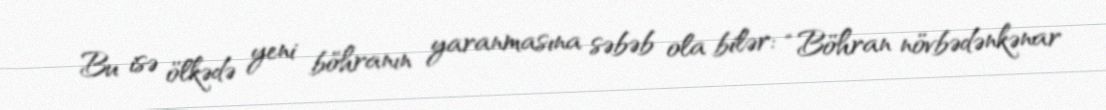
Bu isə ölkədə yeni böhranın yaranmasına səbəb ola bilər: “Böhran növbədənkənar